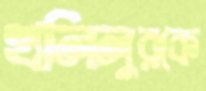
খলিলুরকে